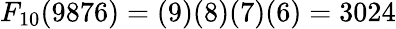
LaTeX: F_{10}(9876)=(9)(8)(7)(6)=3024